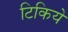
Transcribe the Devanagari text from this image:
टिकिये